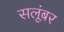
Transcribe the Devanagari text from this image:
सलूंबर